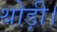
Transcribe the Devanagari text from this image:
थोड़ी।